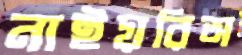
নাইয়রিঅ